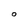
Character: O